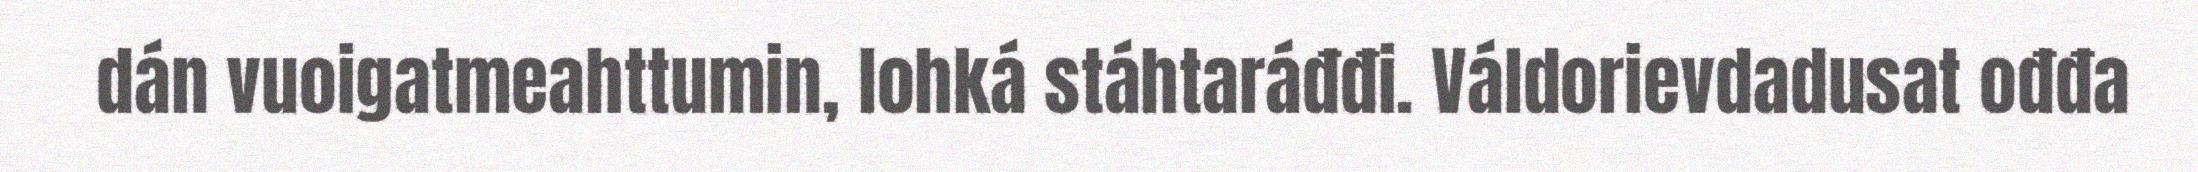
dán vuoigatmeahttumin, lohká stáhtaráđđi. Váldorievdadusat ođđa